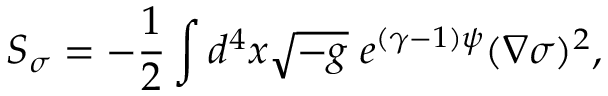
S _ { \sigma } = - \frac { 1 } { 2 } \int d ^ { 4 } x \sqrt { - g } \; e ^ { ( \gamma - 1 ) \psi } ( \nabla \sigma ) ^ { 2 } ,